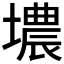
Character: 𮰮